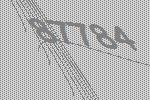
87784